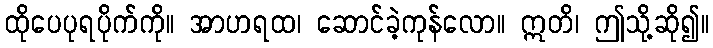
ထိုပေပုရပိုက်ကို။ အာဟရထ၊ ဆောင်ခဲ့ကုန်လော။ ဣတိ၊ ဤသို့ဆို၍။